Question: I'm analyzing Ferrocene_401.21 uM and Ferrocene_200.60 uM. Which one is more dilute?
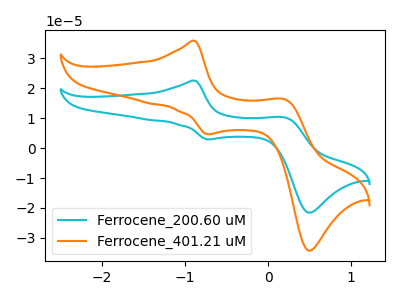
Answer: <think>The cyan curve "Ferrocene_200.60 uM" has anodic peaks at (-0.90V, 22.55uA) (0.20V, 10.25uA) and cathodic peaks at (-0.75V, 2.90uA) (0.50V, -21.55uA). The orange curve "Ferrocene_401.21 uM" has anodic peaks at (-0.90V, 35.80uA) (0.20V, 16.25uA) and cathodic peaks at (-0.75V, 4.65uA) (0.50V, -34.25uA).
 All the peaks in "Ferrocene_401.21 uM" have a peak in "Ferrocene_200.60 uM" at the same potential.</think>
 <answer>I cant tell if "Ferrocene_401.21 uM" or "Ferrocene_200.60 uM" has higher concentration.</answer>
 <eval>mixed_concentration</eval>